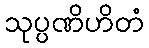
သုပ္ပဏိဟိတံ